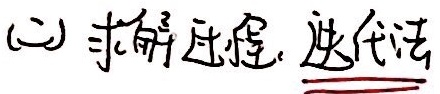
(二) 求解过程. 迭代法